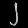
Digit: ၂